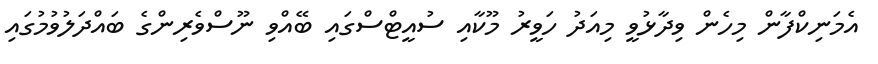
އެމަނިކްފާން މިހެން ވިދާޅުވީ މިއަދު ހަވީރު މޫކާއި ސުއީޓްސްގައި ބޭއްވި ނޫސްވެރިންގެ ބައްދަލުވުމުގައި